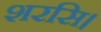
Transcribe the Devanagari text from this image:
शरसि।